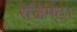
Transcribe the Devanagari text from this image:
रेजिमेंट।